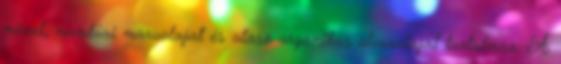
mézet, nambíai maruolajat és olasz organikus olívaolajat tartalmaz. A